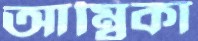
আম্বিকা